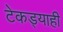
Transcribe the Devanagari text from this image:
टेकड्याही